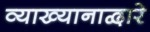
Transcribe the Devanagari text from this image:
व्याख्यानाद्वारे